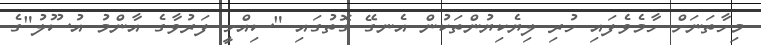
މިހާތަނަށް ހާމެވެފައި ހުރި ލިޔެކިޔުންތަކުން އެނގޭ ގޮތުގައި "ސިއްހީ ފަރުވާގެ އާންމު އުސޫލު"ގެ